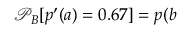
\mathcal { P } _ { B } [ p ^ { \prime } ( a ) = 0 . 6 7 ] = p ( b